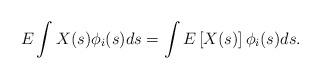
LaTeX: \begin{align*}E \int X(s) \phi_i(s) ds = \int E\left[X(s)\right] \phi_i(s) ds.\end{align*}